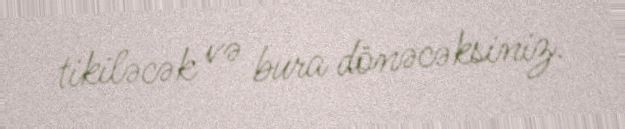
tikiləcək və bura dönəcəksiniz.